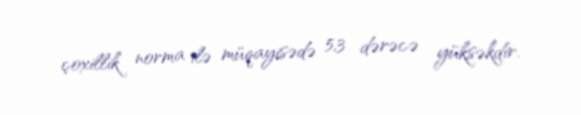
çoxillik norma ilə müqayisədə 5,3 dərəcə yüksəkdir.